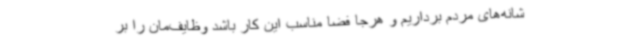
شانه‌های مردم برداریم و هرجا فضا مناسب این کار باشد وظایف‌مان را بر